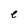
Character: e